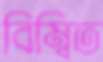
বিম্বিত